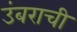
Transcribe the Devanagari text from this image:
उंबराची